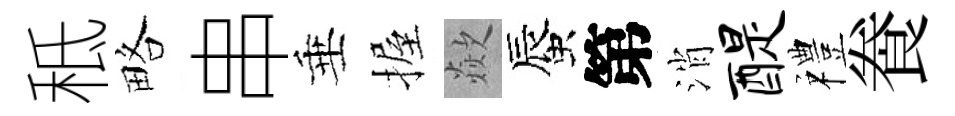
秪略串垂握歘蜃第消醍禮飬